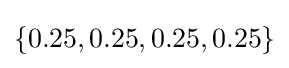
\{0.25,0.25,0.25,0.25\}